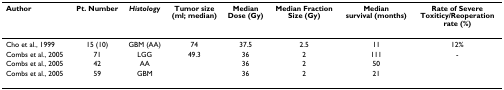
<table><thead><tr><td><b>Author</b></td><td><b>Pt. Number</b></td><td><b><i>Histology</i></b></td><td><b>Tumor size (ml; median)</b></td><td><b>Median Dose (Gy)</b></td><td><b>Median Fraction Size (Gy)</b></td><td><b>Median survival (months)</b></td><td><b>Rate of Severe Toxiticy/Reoperation rate (%)</b></td></tr></thead><tbody><tr><td>Cho et al., 1999</td><td>15 (10)</td><td>GBM (AA)</td><td>74</td><td>37.5</td><td>2.5</td><td>11</td><td>12%</td></tr><tr><td>Combs et al., 2005</td><td>71</td><td>LGG</td><td>49.3</td><td>36</td><td>2</td><td>111</td><td>-</td></tr><tr><td>Combs et al., 2005</td><td>42</td><td>AA</td><td></td><td>36</td><td>2</td><td>50</td><td></td></tr><tr><td>Combs et al., 2005</td><td>59</td><td>GBM</td><td></td><td>36</td><td>2</td><td>21</td><td></td></tr></tbody></table>